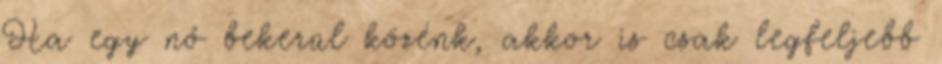
Ha egy nő bekerül közénk, akkor is csak legfeljebb